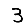
Digit: 3